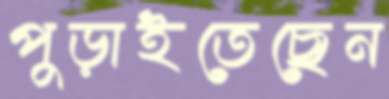
পুড়াইতেছেন